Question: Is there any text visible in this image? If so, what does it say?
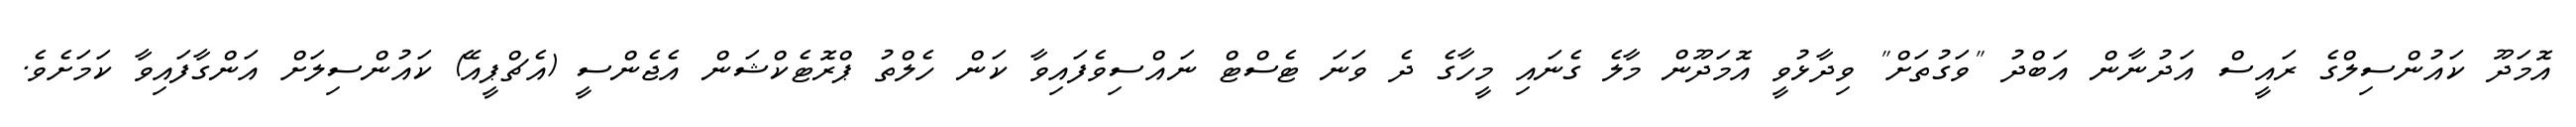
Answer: އޮމަދޫ ކައުންސިލްގެ ރައީސް އަދުނާން އަބްދު "ވަގުތަށް" ވިދާޅުވީ އޮމަދޫން މާލެ ގެނައި މީހާގެ ދެ ވަނަ ޓެސްޓް ނައްސިވެފައިވާ ކަން ހެލްތު ޕްރޮޓެކްޝަން އެޖެންސީ (އެޗްޕީއޭ) ކައުންސިލަށް އަންގާފައިވާ ކަމަށެވެ.